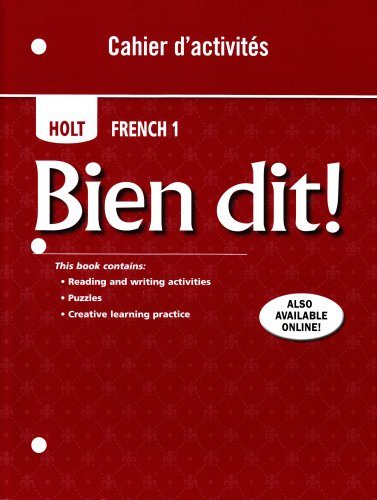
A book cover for Bien dit!: Cahier d'activites Student Edition Level 1A/1B/1; RINEHART AND WINSTON HOLT; Teen & Young Adult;